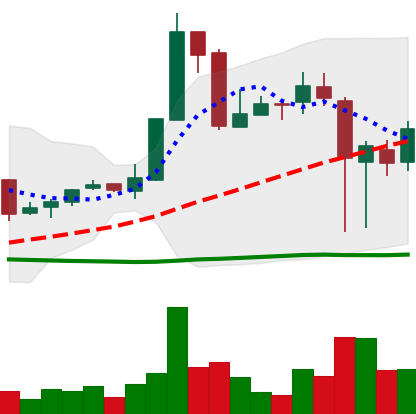
Ticker: XRP-USD
Chart end date: 2018-11-17
Forward return: -13.337%
Label: down_7plus